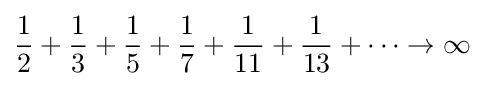
{1 \over 2}+{1 \over 3}+{1 \over 5}+{1 \over 7}+{1 \over 11}+{1 \over 13}+\cdots \rightarrow \infty